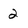
Character: 2